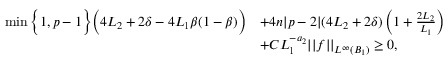
\begin{array} { r l } { \operatorname* { m i n } \bigg \{ 1 , p - 1 \bigg \} \bigg ( 4 L _ { 2 } + 2 \delta - 4 L _ { 1 } \beta ( 1 - \beta ) \bigg ) } & { + 4 n | p - 2 | ( 4 L _ { 2 } + 2 \delta ) \left( 1 + \frac { 2 L _ { 2 } } { L _ { 1 } } \right) } \\ & { + C L _ { 1 } ^ { - a _ { 2 } } | | f | | _ { L ^ { \infty } ( B _ { 1 } ) } \geq 0 , } \end{array}